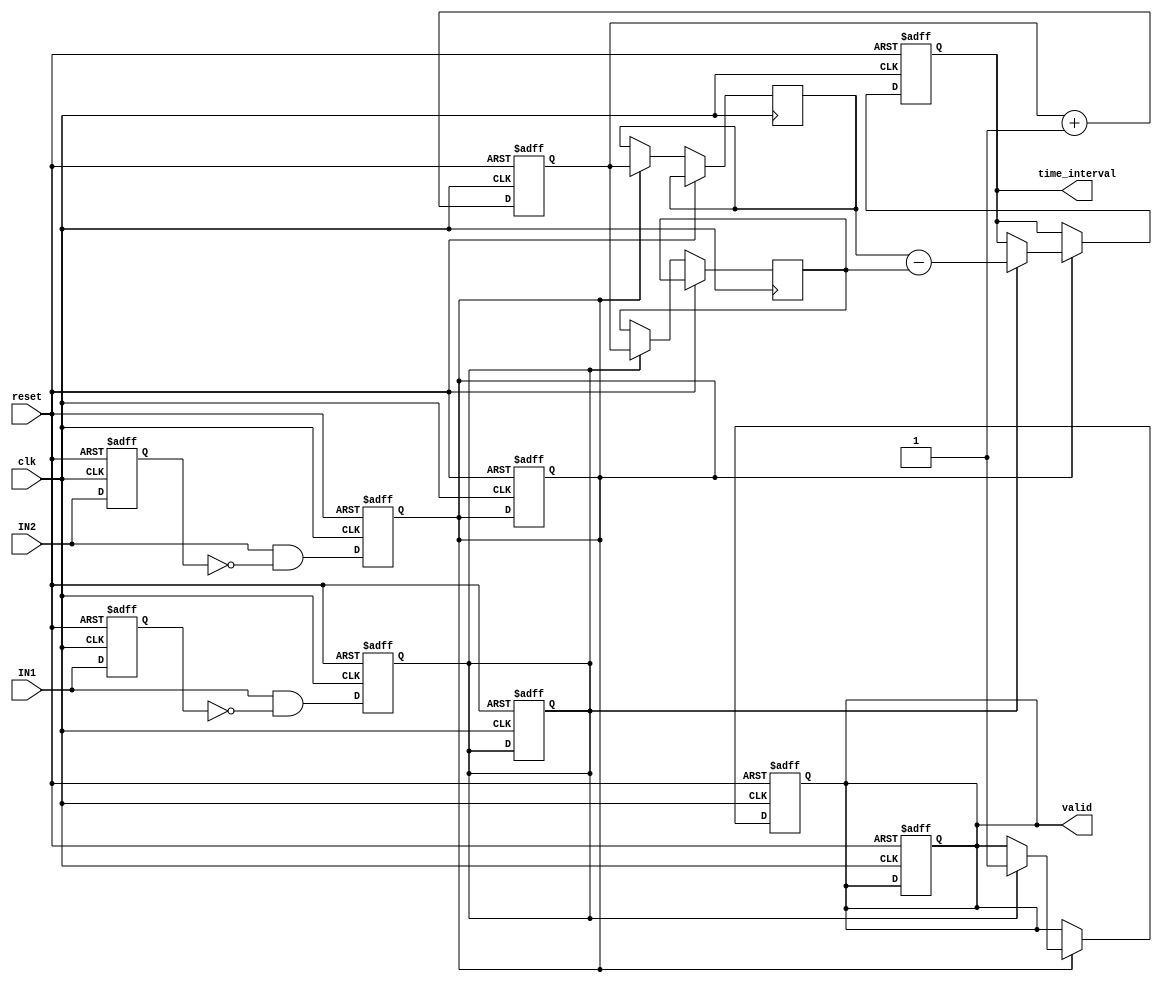
module single_shot_tdc (
    input wire clk,         // High-resolution clock
    input wire reset,       // Active-high reset
    input wire IN1,        // First input signal
    input wire IN2,        // Second input signal
    output reg [31:0] time_interval, // Output time difference
    output reg valid        // Output valid flag
);

    reg [31:0] counter;      // Clock cycle counter
    reg [31:0] timestamp1;   // Timestamp for IN1
    reg [31:0] timestamp2;   // Timestamp for IN2
    reg edge1_detected;      // Flag for edge detection on IN1
    reg edge2_detected;      // Flag for edge detection on IN2

    // Counter process
    always @(posedge clk or posedge reset) begin
        if (reset) begin
            counter <= 32'b0;
            valid <= 1'b0;
            edge1_detected <= 1'b0;
            edge2_detected <= 1'b0;
        end else begin
            counter <= counter + 1;
        end
    end

    // Edge Detection for IN1
    reg IN1_prev;
    always @(posedge clk or posedge reset) begin
        if (reset) begin
            IN1_prev <= 1'b0;
            edge1_detected <= 1'b0;
        end else begin
            edge1_detected <= (IN1 && !IN1_prev);
            IN1_prev <= IN1;
            if (edge1_detected) begin
                timestamp1 <= counter; // Capture timestamp
            end
        end
    end

    // Edge Detection for IN2
    reg IN2_prev;
    always @(posedge clk or posedge reset) begin
        if (reset) begin
            IN2_prev <= 1'b0;
            edge2_detected <= 1'b0;
        end else begin
            edge2_detected <= (IN2 && !IN2_prev);
            IN2_prev <= IN2;
            if (edge2_detected) begin
                timestamp2 <= counter; // Capture timestamp
            end
        end
    end

    // Time Difference Calculation
    always @(posedge clk or posedge reset) begin
        if (reset) begin
            time_interval <= 32'b0;
            valid <= 1'b0;
        end else if (edge2_detected) begin
            if (edge1_detected) begin
                time_interval <= timestamp2 - timestamp1; // Calculate time interval
                valid <= 1'b1; // Set valid flag
            end
        end
    end

endmodule